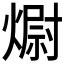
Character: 𭵻